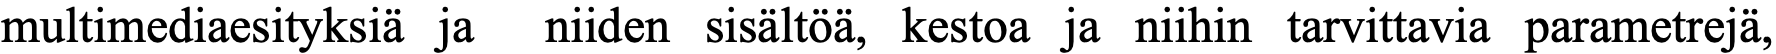
multimediaesityksiä ja niiden sisältöä, kestoa ja niihin tarvittavia parametrejä,